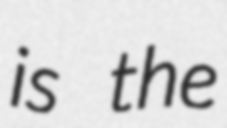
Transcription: is the